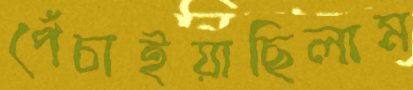
পেঁচাইয়াছিলাম